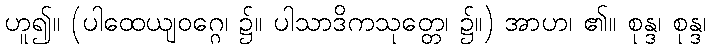
ဟူ၍။ (ပါထေယျဝဂ္ဂေ၊ ၌။ ပါသာဒိကသုတ္တေ၊ ၌။) အာဟ၊ ၏။ စုန္ဒ၊ စုန္ဒ၊